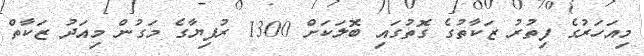
މިއަހަރުގެ ފިތުރު ޒަކާތުގެ ގޮތުގައި ބޮލަކަށް 1300 ރުފިޔާގެ މަގުން މިއަދު ޒަކާތް